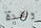
وهذة